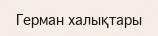
Герман халықтары